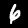
Label: 6